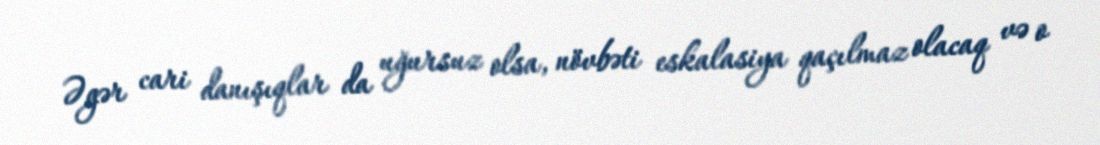
Əgər cari danışıqlar da uğursuz olsa, növbəti eskalasiya qaçılmaz olacaq və o